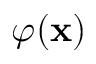
\varphi ( \mathbf x )